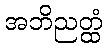
အဘိညတ္ထံ